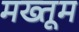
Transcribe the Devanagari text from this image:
मख्तूम